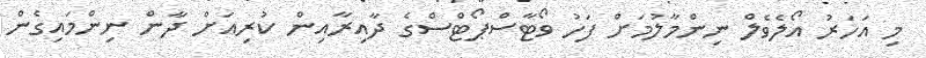
މި އަހަރު އޯލެވެލް ނިންމާލުމަށް ފަހު ވޯޓާސްޕޯޓްސްގެ ދާއިރާއިން ކުރިއަށް ދާން ނިންމައިގެން